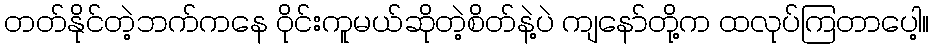
တတ်နိုင်တဲ့ဘက်ကနေ ဝိုင်းကူမယ်ဆိုတဲ့စိတ်နဲ့ပဲ ကျနော်တို့က ထလုပ်ကြတာပေါ့။